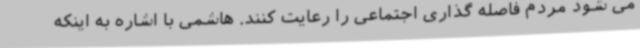
می شود مردم فاصله گذاری اجتماعی را رعایت کنند. هاشمی با اشاره به اینکه